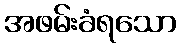
အဖမ်းခံရသော